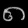
Digit: ၈